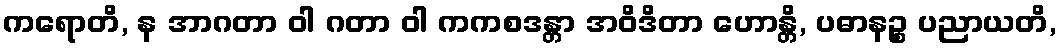
ကရောတိ, န အာဂတာ ဝါ ဂတာ ဝါ ကကစဒန္တာ အဝိဒိတာ ဟောန္တိ, ပဓာနဉ္စ ပညာယတိ,